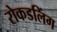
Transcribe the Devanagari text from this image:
रोकडलिंग